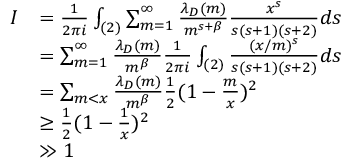
\begin{array} { r l } { I } & { = \frac { 1 } { 2 \pi i } \int _ { ( 2 ) } \sum _ { m = 1 } ^ { \infty } \frac { \lambda _ { D } ( m ) } { m ^ { s + \beta } } \frac { x ^ { s } } { s ( s + 1 ) ( s + 2 ) } d s } \\ & { = \sum _ { m = 1 } ^ { \infty } \frac { \lambda _ { D } ( m ) } { m ^ { \beta } } \frac { 1 } { 2 \pi i } \int _ { ( 2 ) } \frac { ( x / m ) ^ { s } } { s ( s + 1 ) ( s + 2 ) } d s } \\ & { = \sum _ { m < x } \frac { \lambda _ { D } ( m ) } { m ^ { \beta } } \frac { 1 } { 2 } ( 1 - \frac { m } { x } ) ^ { 2 } } \\ & { \geq \frac { 1 } { 2 } ( 1 - \frac { 1 } { x } ) ^ { 2 } } \\ & { \gg 1 } \end{array}